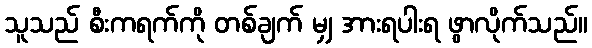
သူသည် စီးကရက်ကို တစ်ချက် မျှ အားရပါးရ ဖွာလိုက်သည်။